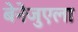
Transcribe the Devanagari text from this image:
बेनेजुएला